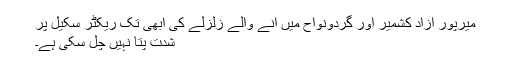
میرپور آزاد کشمیر اور گردونواح میں آنے والے زلزلے کی ابھی تک ریکٹر سکیل پر
شدت پتا نہیں چل سکی ہے۔